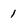
Character: 1